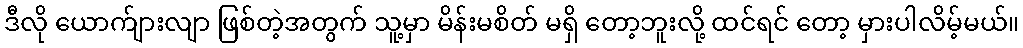
ဒီလို ယောက်ျားလျာ ဖြစ်တဲ့အတွက် သူ့မှာ မိန်းမစိတ် မရှိ တော့ဘူးလို့ ထင်ရင် တော့ မှားပါလိမ့်မယ်။